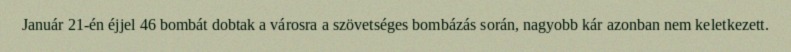
Január 21-én éjjel 46 bombát dobtak a városra a szövetséges bombázás során, nagyobb kár azonban nem keletkezett.